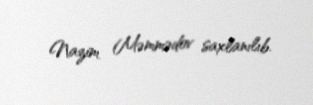
Nazim Məmmədov saxlanılıb.